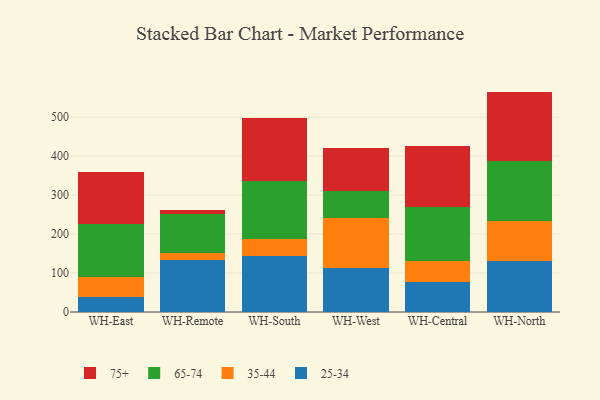
{"axis": {"x": "Warehouse", "y": "Headcount"}, "legend": ["25-34", "35-44", "65-74", "75+"], "data": [{"x": "WH-East", "y": 39.1, "type": "25-34"}, {"x": "WH-East", "y": 51.7, "type": "35-44"}, {"x": "WH-East", "y": 136.2, "type": "65-74"}, {"x": "WH-East", "y": 131.4, "type": "75+"}, {"x": "WH-Remote", "y": 132.2, "type": "25-34"}, {"x": "WH-Remote", "y": 19.3, "type": "35-44"}, {"x": "WH-Remote", "y": 101.2, "type": "65-74"}, {"x": "WH-Remote", "y": 8.4, "type": "75+"}, {"x": "WH-South", "y": 143.6, "type": "25-34"}, {"x": "WH-South", "y": 44.2, "type": "35-44"}, {"x": "WH-South", "y": 148.7, "type": "65-74"}, {"x": "WH-South", "y": 160.7, "type": "75+"}, {"x": "WH-West", "y": 112.4, "type": "25-34"}, {"x": "WH-West", "y": 128.5, "type": "35-44"}, {"x": "WH-West", "y": 70.4, "type": "65-74"}, {"x": "WH-West", "y": 110.6, "type": "75+"}, {"x": "WH-Central", "y": 76.4, "type": "25-34"}, {"x": "WH-Central", "y": 53.3, "type": "35-44"}, {"x": "WH-Central", "y": 140.9, "type": "65-74"}, {"x": "WH-Central", "y": 154.9, "type": "75+"}, {"x": "WH-North", "y": 130.8, "type": "25-34"}, {"x": "WH-North", "y": 101.9, "type": "35-44"}, {"x": "WH-North", "y": 154.7, "type": "65-74"}, {"x": "WH-North", "y": 178.2, "type": "75+"}]}